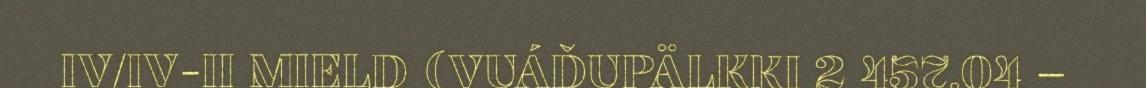
IV/IV-II MIELD (VUÁĐUPÄLKKI 2 457,04 –